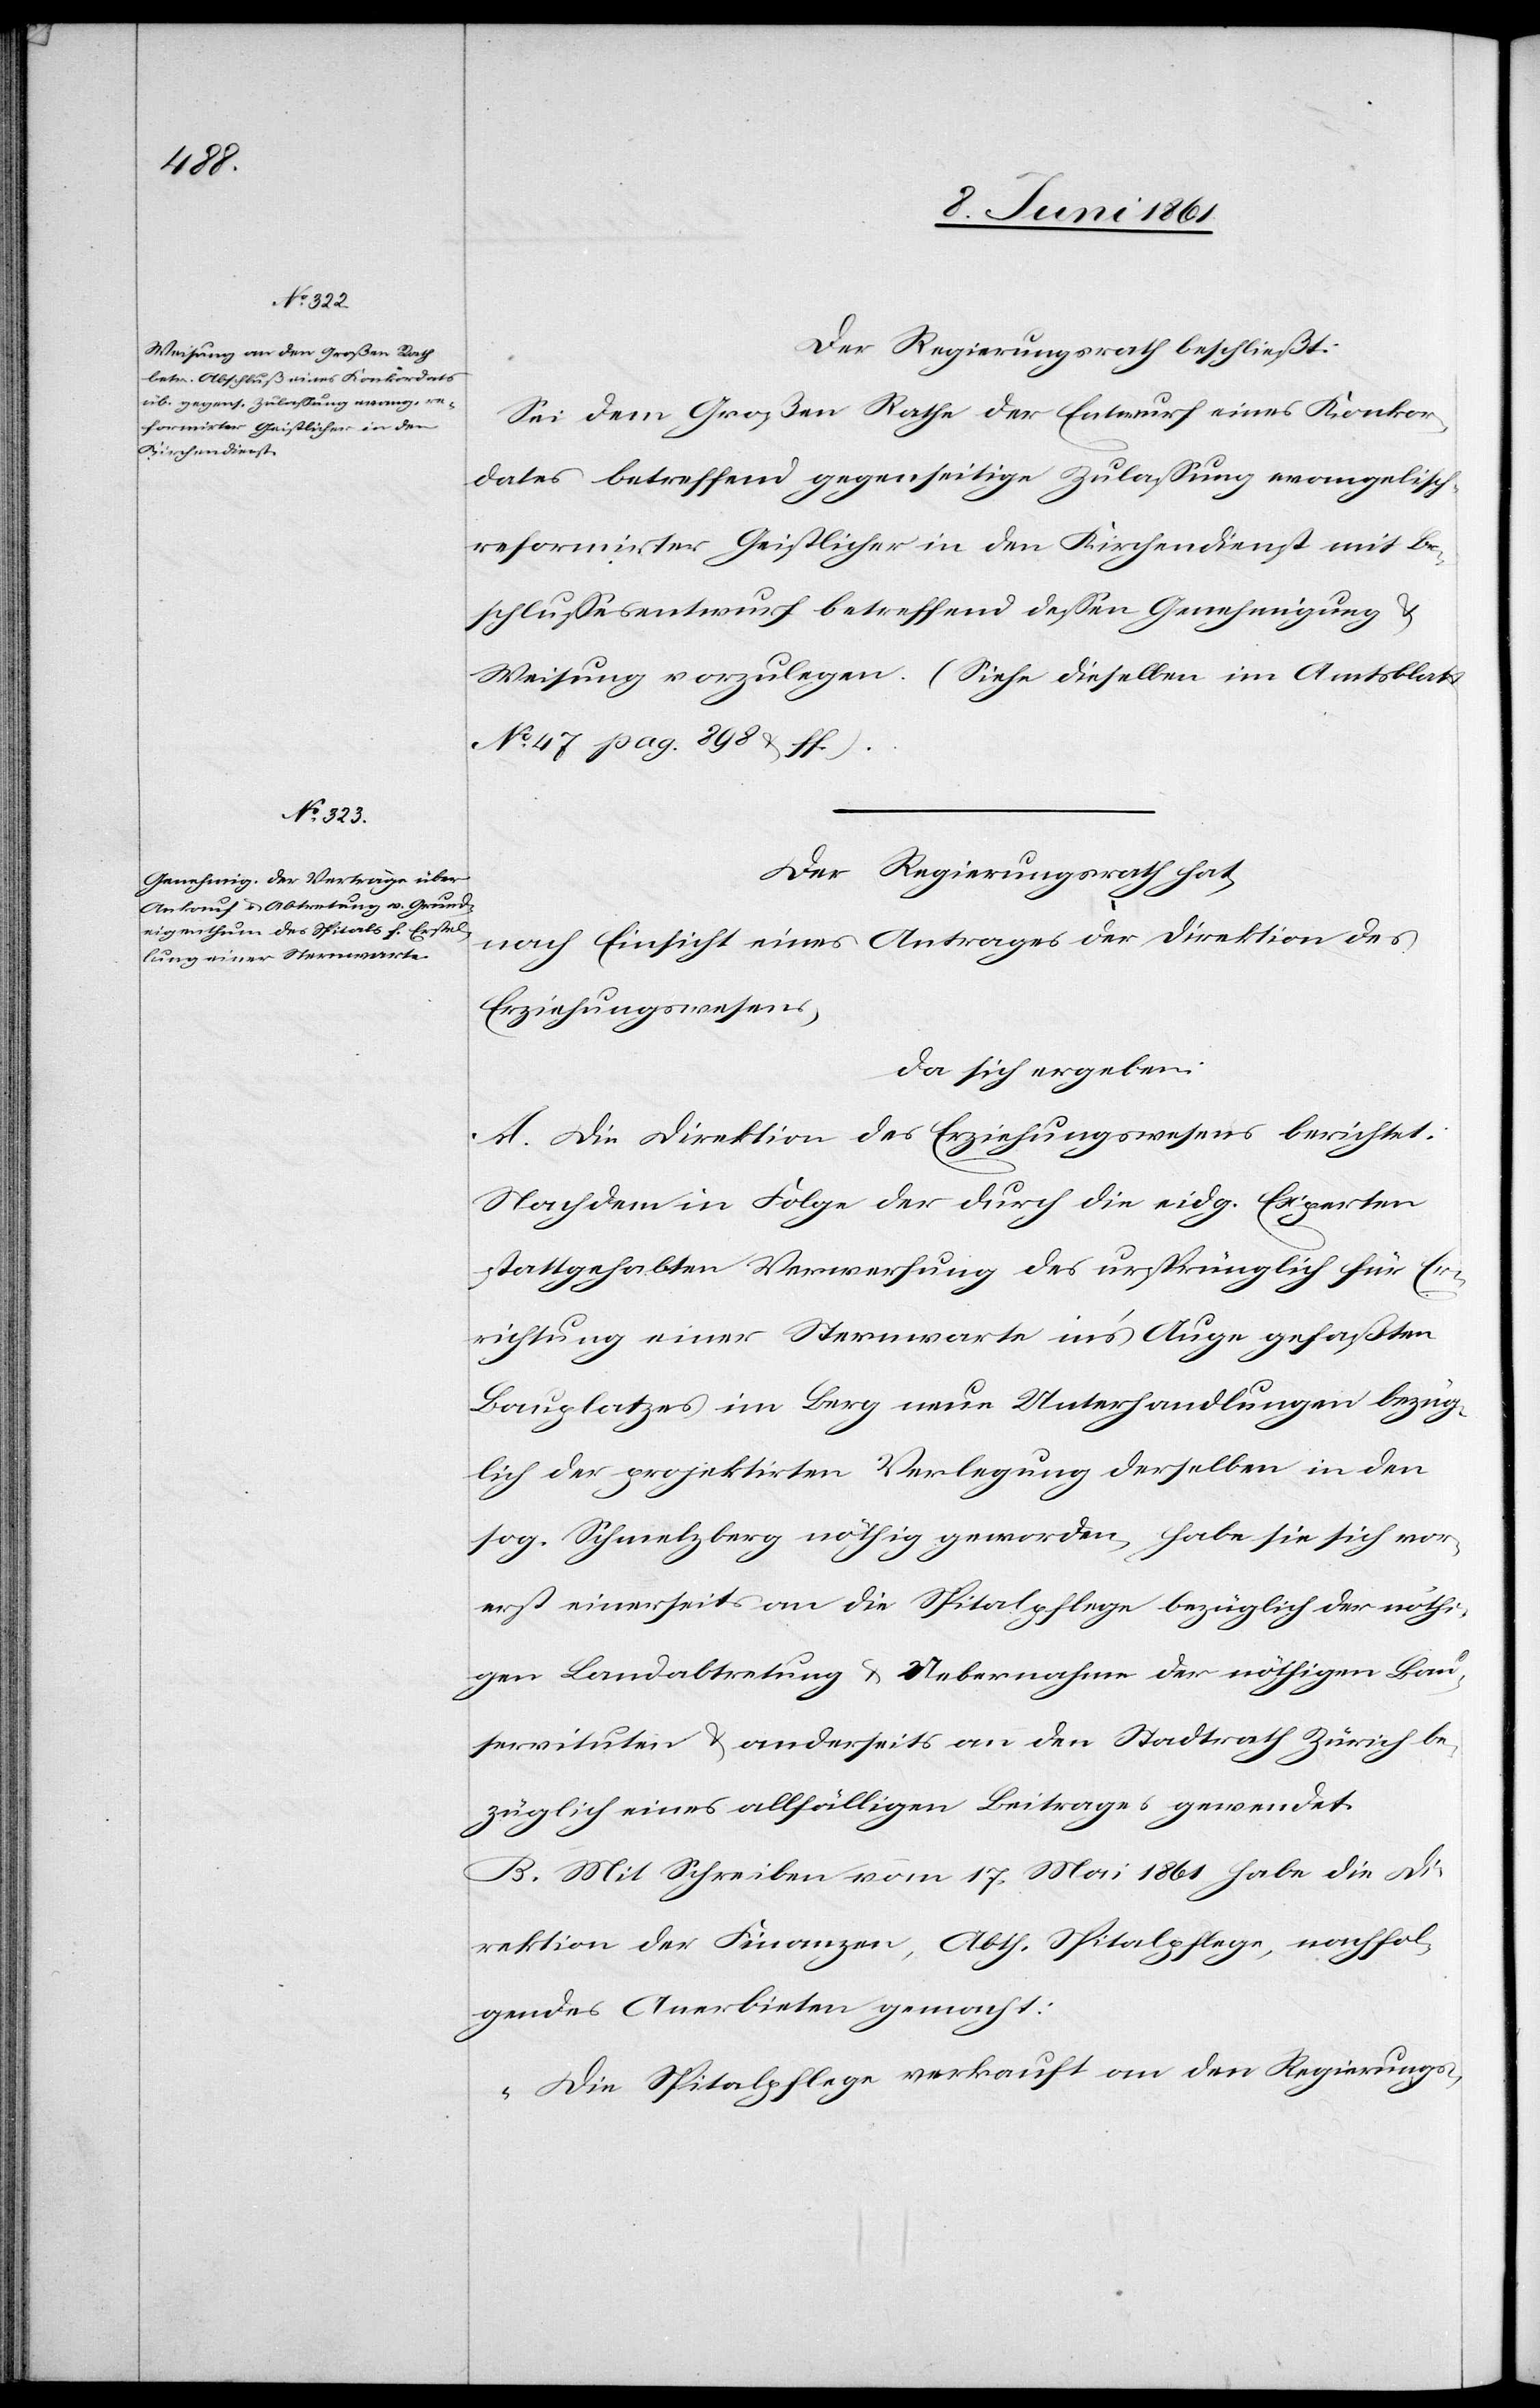
Der Regierungsrath beschließt:
Sei dem Großen Rathe der Entwurf eines Konkor¬
dates betreffend gegenseitige Zulassung evangelisc¬
h-reformirter Geistlicher in den Kirchendienst mit Be¬
schlussesentwurf betreffend dessen Genehmigung u.
Weisung vorzulegen. (siehe dieselben im Amtsblatt
No. 47 pag. 898 u. ff.)
Der Regierungsrath hat,
nach Einsicht eines Antrages der Direktion des
Erziehungswesens,
da sich ergeben:
A. Die Direktion des Erziehungswesens berichtet:
Nachdem in Folge der durch die eidg. Experten
stattgehabten Verwerfung des ursprünglich für Er¬
richtung einer Sternwarte in’s Auge gefaßten
Bauplatzes im Berg neue Unterhandlungen bezüg¬
lich der projektirten Verlegung derselben in den
sog. Schmelzberg nöthig geworden, habe sie sich vor¬
erst einerseits an die Spitalpflege bezüglich der nöthi¬
gen Landabtretung u. Uebernahme der nöthigen Bau¬
servituten u. anderseits an den Stadtrath Zürich be¬
züglich eines allfälligen Beitrages gewendet.
B. Mit Schreiben vom 17. Mai 1861 habe die Di¬
rektion der Finanzen, Abth. Spitalpflege, nachfol¬
gendes Anerbieten gemacht:
„Die Spitalpflege verkauft an den Regierungs-